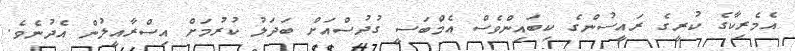
އެމެރިކާގެ ކުރީގެ ރައީސުންގެ ކިބައިންވެސް އެމްބަސީ ގުދުސްއަށް ބަދަލު ކުރުމަށް އިސްރާއީލުން އެދުނެވެ.